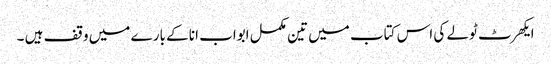
ایکھرٹ ٹولے کی اس کتاب میں تین مکمل ابواب انا کے بارے میں وقف ہیں ۔